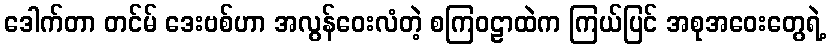
ဒေါက်တာ တင်မ် ဒေးဗစ်ဟာ အလွန်ဝေးလံတဲ့ စကြဝဠာထဲက ကြယ်ပြင် အစုအဝေးတွေရဲ့